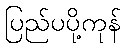
ပြည်ပပို့ကုန်